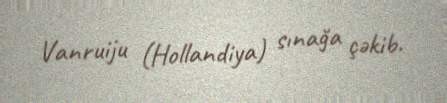
Vanruiju (Hollandiya) sınağa çəkib.